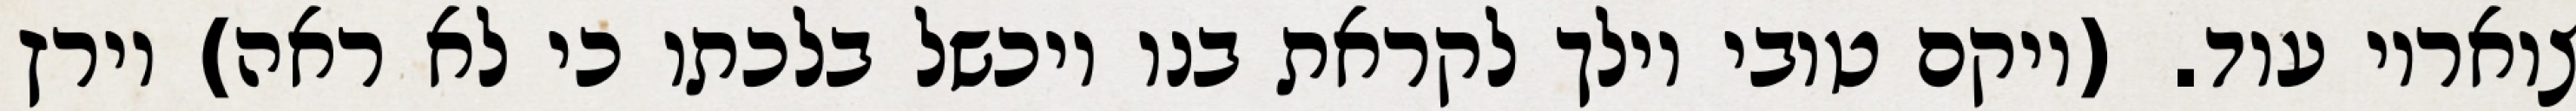
צואריו עוד. (ויקם טובי וילך לקראת בנו ויכשל בלכתו כי לא ראה) וירץ